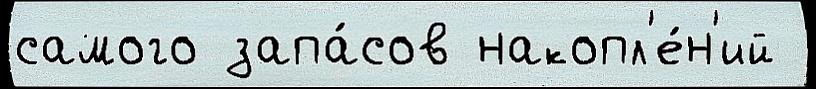
самого запа́сов накопл'е́н'ий